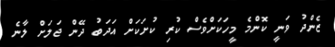
ޒެންދު ވަނީ ކޮންމެ މީހަކަށްވެސް ކުރި ކުށަކަށް އަދަބު ދޭން ޖަލަށް ލާނެ